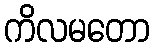
ကိလမတော